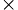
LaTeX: _\times